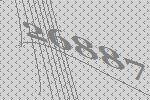
26887